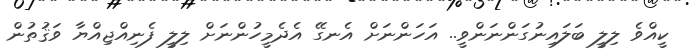
ކީއްވެ ލިލީ ބަލައިނުގަންނަންވީ.. އަހަންނަށް އެނގޭ އެދެމީހުންނަށް ލިލީ ފެނިއްޖިއްޔާ ވަޤުތުން